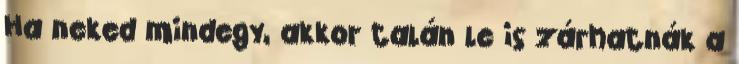
Ha neked mindegy, akkor talán le is zárhatnák a